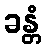
ခန္တံ